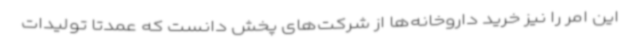
این امر را نیز خرید داروخانه‌ها از شرکت‌های پخش دانست که عمدتا تولیدات